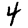
Digit: 4